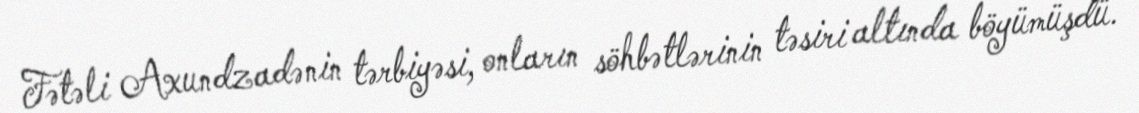
Fətəli Axundzadənin tərbiyəsi, onların söhbətlərinin təsiri altında böyümüşdü.